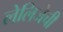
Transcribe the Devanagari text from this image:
लेलिजेची